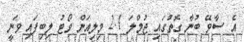
އެ ސާވޭ ބުނާ ގޮތުގައި ޖުމްލަ 2.1 މިލިއަން ވޯޓު ލިބިފައި ވަނީ